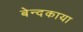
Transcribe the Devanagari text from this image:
बेन्दकाया